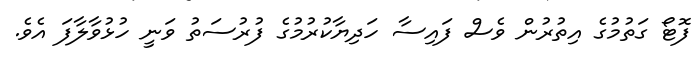
ފޮޓޯ ގަތުމުގެ އިތުުރުން ވެސް ފައިސާ ހަދިޔާކުރުމުގެ ފުރުސަތު ވަނީ ހުޅުވާލާފަ އެވެ.